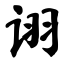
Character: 诩